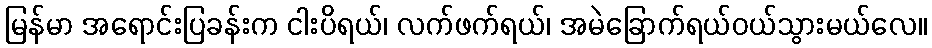
မြန်မာ အရောင်းပြခန်းက ငါးပိရယ်၊ လက်ဖက်ရယ်၊ အမဲခြောက်ရယ်ဝယ်သွားမယ်လေ။